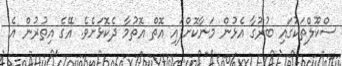
ސްކޫލްތަކުގައި ބުރުގާ އެޅުން މަނާކޮށްފައި އޮތް އޮތުމާ ދެކޮޅަށެވެ. އޭގެ އިތުރުން އެ